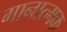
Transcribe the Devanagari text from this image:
गानात्मक